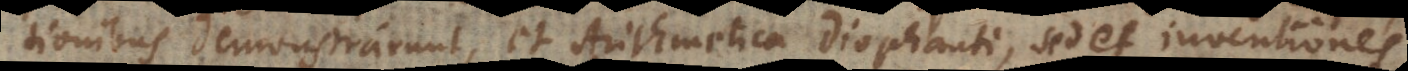
tionibus demonstrarunt, et Arithmetica Diophanti, sed et inventiones